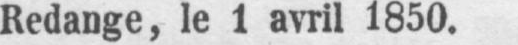
Redange, le 1 avril 1850.